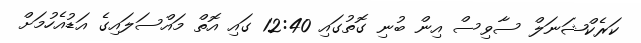
ކަރެކްޝަނަލް ސާވިސް އިން ބުނި ގޮތުގައި 12:40 ގައި އޮތް މައްސަލައިގެ އަޑުއެހުމަށް